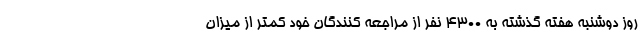
روز دوشنبه هفته گذشته به 4300 نفر از مراجعه کنندگان خود کمتر از میزان